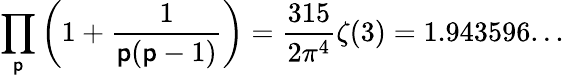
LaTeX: \prod_{\mathsf{p}}\left(1+{\frac{{1}}{{\mathsf{p}(\mathsf{p}-1)}}}\right)={\frac{{315}}{{2\pi^{4}}}}\zeta(3)=1.943596...